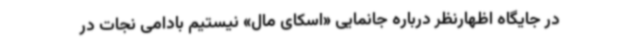
در جایگاه اظهارنظر درباره جانمایی «اسکای مال» نیستیم بادامی نجات در